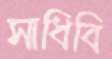
সাধিবি